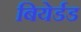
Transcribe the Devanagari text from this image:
बियेर्डड